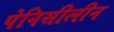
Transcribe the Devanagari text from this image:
पेनिसीलीन